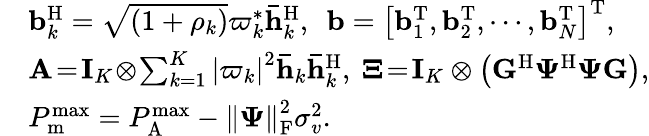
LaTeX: \begin{array}{rl}&{{\mathbf{b}}_{k}^{\mathrm{H}}=\sqrt{\left({1+{\rho_{k}}}\right)}\varpi_{k}^{*}{\mathbf{\bar{h}}}_{k}^{\mathrm{H}},~~{\mathbf b}=\left[{{\mathbf b}_{1}^{\mathrm{T}}},{{\mathbf b}_{2}^{\mathrm{T}}},\cdots,{{\mathbf b}_{N}^{\mathrm{T}}}\right]^{\mathrm{T}},}\\ &{{\mathbf{A}}\! =\! {{\mathbf{I}}_{K}}\! \otimes\! \sum_{k=1}^{K}{{\left|{{\varpi_{k}}}\right|^{2}}{{\mathbf{\bar{h}}}_{k}}{\mathbf{\bar{h}}}_{k}^{\mathrm{H}}},~{\mathbf{\Xi}}\! =\! {{\mathbf{I}}_{K}}\otimes\left({{{\mathbf{G}}^{\mathrm{H}}}{{\mathbf{\Psi}}^{\mathrm{H}}}{\mathbf{\Psi G}}}\right),}\\ &{P_{\mathrm{m}}^{\operatorname*{max}}=P_{{\mathrm{A}}}^{{\operatorname*{max}}}-{\left\| {{{\mathbf{\Psi}}}}\right\| _{\mathrm{F}}^{2}}\sigma_{v}^{2}.}\end{array}